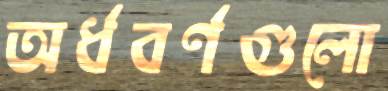
অর্ধবর্ণগুলো